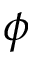
\phi